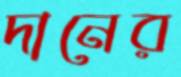
দানের